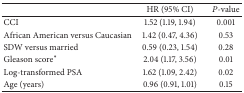
|  | HR (95% CI) | P-value |
 | --- | --- | --- |
 | CCI | 1.52 (1.19, 1.94) | 0.001 |
 | African American versus Caucasian | 1.42 (0.47, 4.36) | 0.53 |
 | SDW versus married | 0.59 (0.23, 1.54) | 0.28 |
 | Gleason score∗ | 2.04 (1.17, 3.56) | 0.01 |
 | Log-transformed PSA | 1.62 (1.09, 2.42) | 0.02 |
 | Age (years) | 0.96 (0.91, 1.01) | 0.15 |